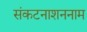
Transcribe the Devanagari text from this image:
संकटनाशननाम